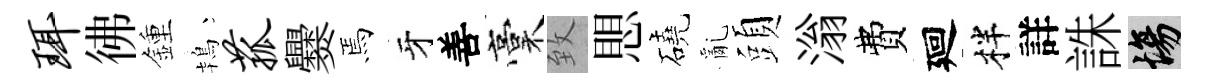
珥彿鍾鴇菰爨焉牙善稾致愳磽亂頭滃費廻柈詳誅場